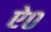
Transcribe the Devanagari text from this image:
ऐ०